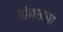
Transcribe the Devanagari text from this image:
घोणसाला